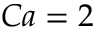
C a = 2